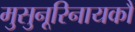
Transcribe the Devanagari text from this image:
मुसुनूरिनायकौ